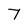
Character: T